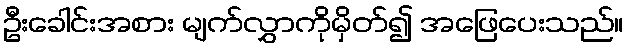
ဦးခေါင်းအစား မျက်လွှာကိုမှိတ်၍ အဖြေပေးသည်။